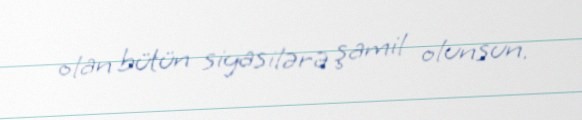
olan bütün siyasilərə şamil olunsun.